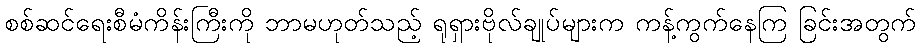
စစ်ဆင်ရေးစီမံကိန်းကြီးကို ဘာမဟုတ်သည့် ရုရှားဗိုလ်ချုပ်များက ကန့်ကွက်နေကြ ခြင်းအတွက်